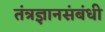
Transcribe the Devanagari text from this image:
तंत्रज्ञानसंबंधी